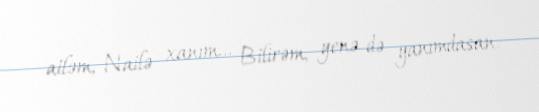
ailəm, Nailə xanım... Bilirəm, yenə də yanımdasan.